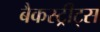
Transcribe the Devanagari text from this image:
बैकस्ट्रीट्स